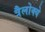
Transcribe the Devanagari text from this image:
त्रैलोक्ये